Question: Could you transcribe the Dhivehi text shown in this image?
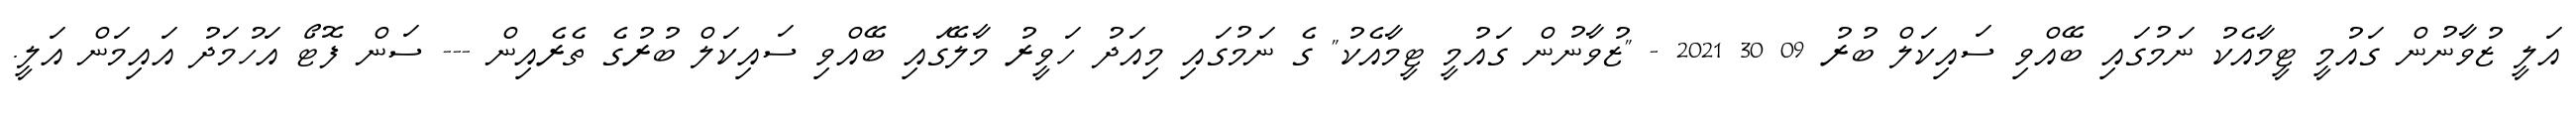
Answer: އަލީ ޒުވާނުން ގައުމީ ޓީމާއެކު ނަމުގައި ބޭއްވި ސައިކަލް ބުރު 09 30 2021 - "ޒުވާނުން ގައުމީ ޓީމާއެކު" ގެ ނަމުގައި މިއަދު ހަވީރު މާލޭގައި ބޭއްވި ސައިކަލް ބުރުގެ ތެރެއިން --- ސަން ފޮޓޯ އަހުމަދު އައިމަން އަލީ.